Trukikaitis_Postimees, lk 52
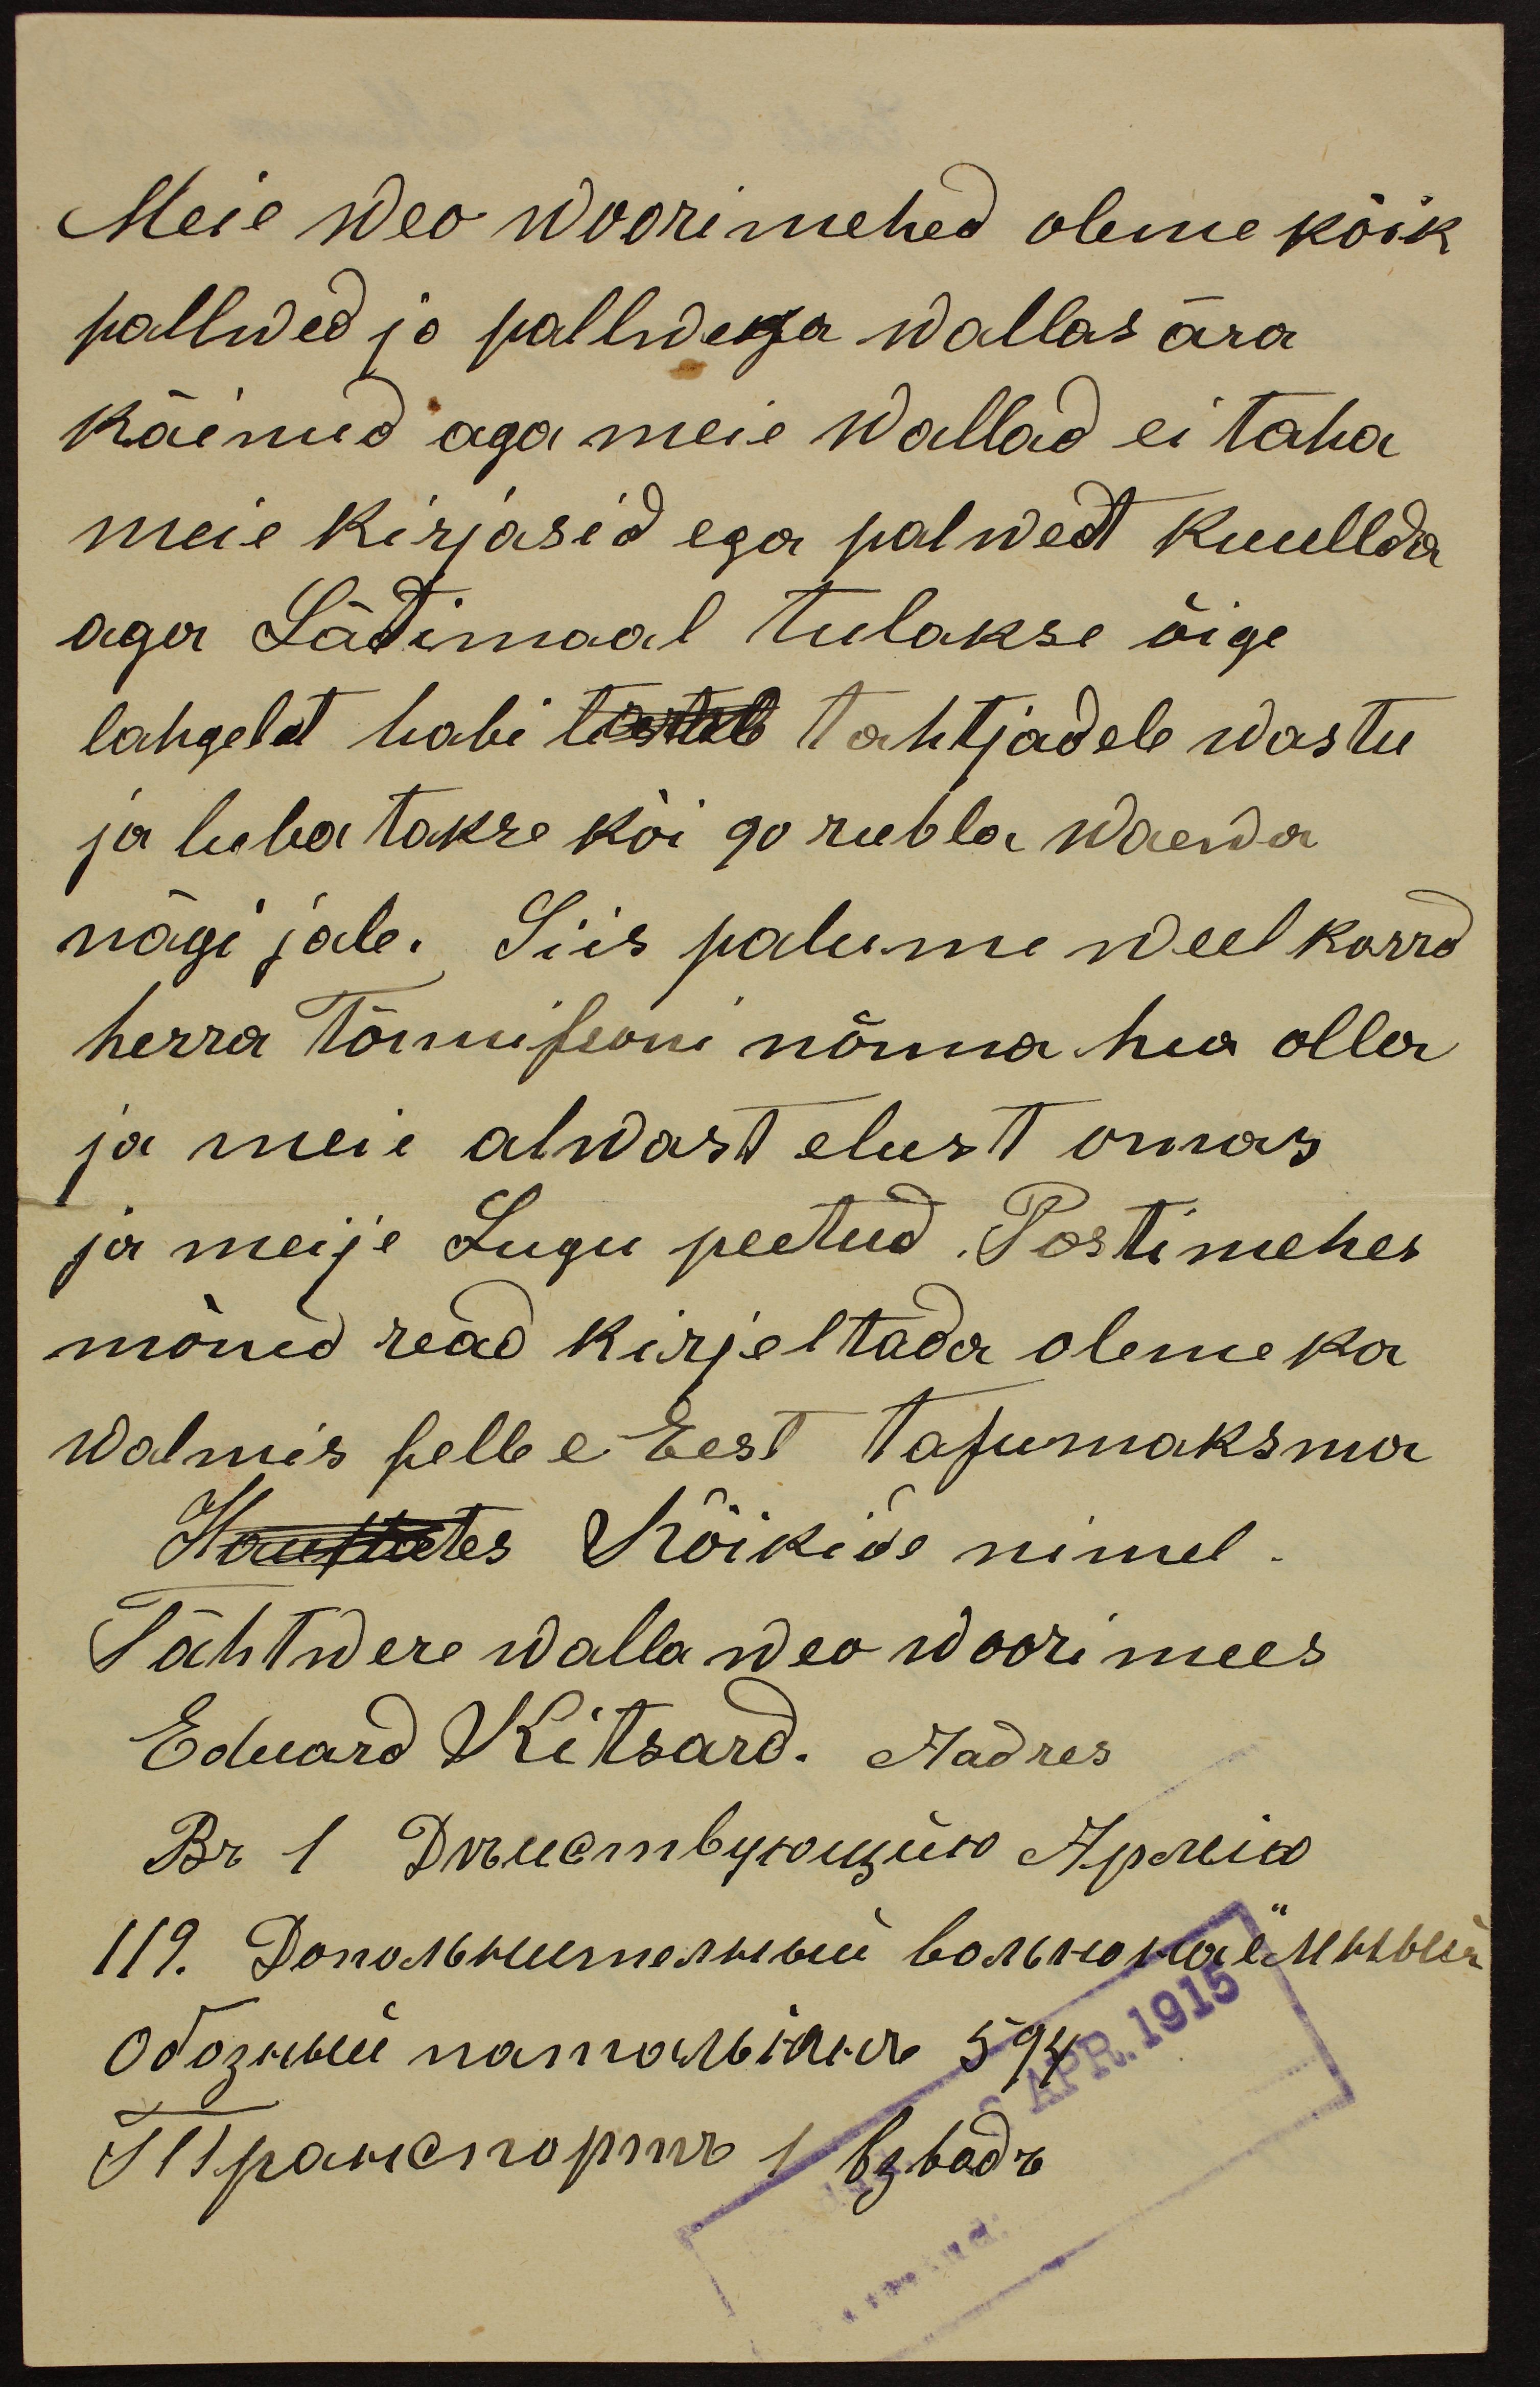
Meie weo woorimehed olime kõik
pallwed jo pallwega wallas ära
käinud aga meie Wallad ei taha
meie kirjasid ega palwet kuullda
aga Lätimaal tulakse õige
lahgeld habi teistab tahtjadele wastu
ja lubatakse kõi 90 rubla waewa
nägijale. Siis palume weel korrd
herra Tõnnissoni nõnna hea olla
ja meie alwast elust omas
ja meije Lugu peetud. Postimehes
mõned read kirjeltada oleme ka
walmis selle e Eest tasumaksma
Haustates Kõikide nimel.
Tähtwere walla weo woorimees
Eduard Kitsard. Aadres
3. APR. 1915